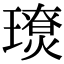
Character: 𤪃